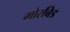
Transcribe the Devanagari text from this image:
मोरबिड